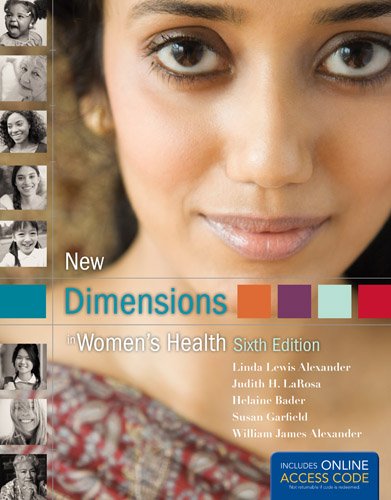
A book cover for New Dimensions In Women's Health; Linda Lewis Alexander; Medical Books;